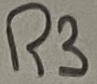
Text: R3